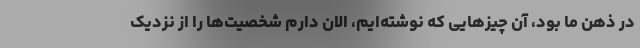
در ذهن ما بود، آن چیزهایی که نوشته‌ایم، الان دارم شخصیت‌ها را از نزدیک